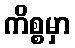
ကိစ္စမှာ